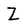
Character: Z